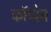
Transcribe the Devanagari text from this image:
कॉप्पेन